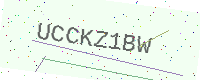
Text: UCCKZ1BW